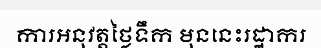
ការអនុវត្តថ្លៃទឹក មុននេះរដ្ឋាករ